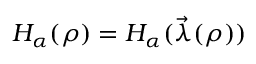
H _ { \alpha } ( \rho ) = H _ { \alpha } ( \vec { \lambda } ( \rho ) )